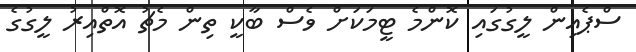
ސްޕެއިން ލީގުގައި ކޮންމެ ޓީމަކަށް ވެސް ބާކީ ތިން މެޗު އޮތްއިރު ލީގުގެ